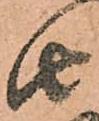
由